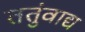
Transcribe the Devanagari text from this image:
ततुंवाद्य